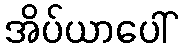
အိပ်ယာပေါ်